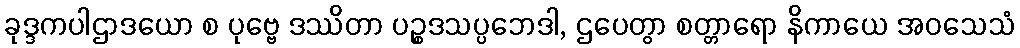
ခုဒ္ဒကပါဌာဒယော စ ပုဗ္ဗေ ဒဿိတာ ပဉ္စဒသပ္ပဘေဒါ, ဌပေတွာ စတ္တာရော နိကာယေ အဝသေသံ